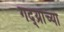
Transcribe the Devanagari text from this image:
गद्य्रांच्या